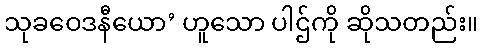
သုခဝေဒနီယော’ ဟူသော ပါဌ်ကို ဆိုသတည်း။